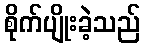
စိုက်ပျိုးခဲ့သည်